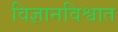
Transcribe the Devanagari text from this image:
विज्ञानविश्वात